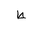
Letter: _da